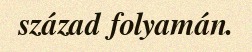
század folyamán.